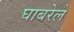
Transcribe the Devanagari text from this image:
घाबरेल